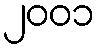
၂၀၀၁